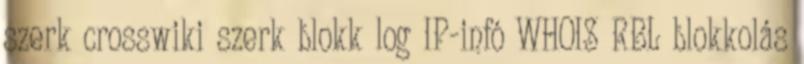
szerk crosswiki szerk blokk log IP-infó WHOIS RBL blokkolás